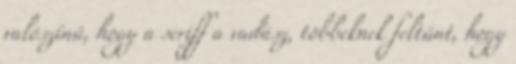
valószínű, hogy a seriff a vadász, többeknek feltűnt, hogy